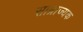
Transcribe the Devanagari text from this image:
साम्राज्यक